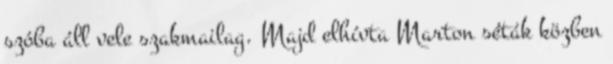
szóba áll vele szakmailag. Majd elhívta Marton séták közben